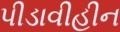
પીડાવીહીન